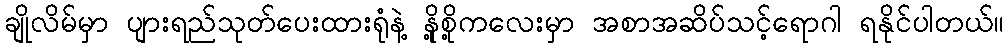
ချိုလိမ်မှာ ပျားရည်သုတ်ပေးထားရုံနဲ့ နို့စို့ကလေးမှာ အစာအဆိပ်သင့်ရောဂါ ရနိုင်ပါတယ်။